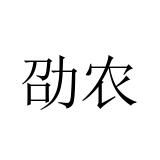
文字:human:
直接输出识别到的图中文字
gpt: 劭农